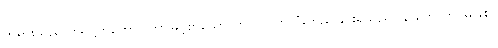
တရားသည်။ စိရဋ္ဌိတိကော၊ ကြာမြင့်စွာသော ကာလပတ်လုံးတည်ခြင်းရှိသည်။ န ဟောတိ၊ မဖြစ်။